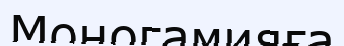
Моногамияға